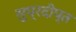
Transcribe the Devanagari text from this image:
सुप्रदीप्त